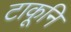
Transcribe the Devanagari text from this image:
टाकूनि